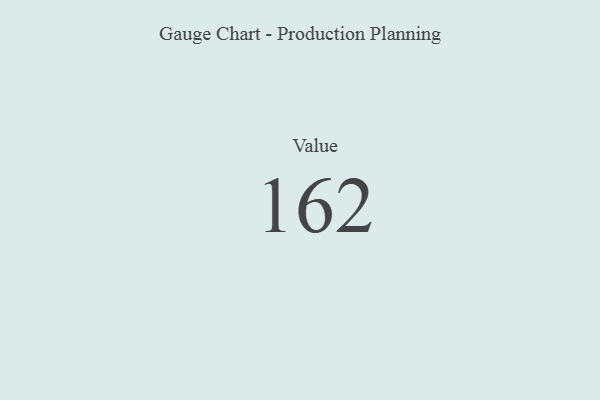
{"axis": {"x": "Metric", "y": "Value"}, "legend": [""], "data": [{"x": "Value", "y": 162, "type": ""}]}